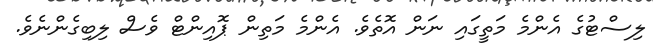
ލިސްޓުގެ އެންމެ މަތީގައި ނަން އޮތެވެ. އެންމެ މަތިން ޕޮއިންޓް ވެސް ލިބިގެންނެވެ.